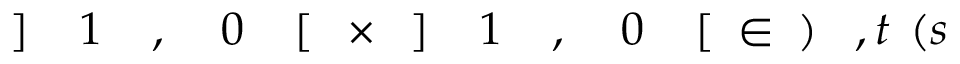
\! \! \! \! \! \! \! \! \! \! \! ( s \! \! \! \! \! \! \! \! \! \! \! \! , t \! \! \! \! \! \! \! \! \! \! \! \! ) \! \! \! \! \! \! \! \! \! \! \! \! \in \! \! \! \! \! \! \! \! \! \! \! \! [ \! \! \! \! \! \! \! \! \! \! \! \! 0 \! \! \! \! \! \! \! \! \! \! \! \! , \! \! \! \! \! \! \! \! \! \! \! \! 1 \! \! \! \! \! \! \! \! \! \! \! \! ] \! \! \! \! \! \! \! \! \! \! \! \! \times \! \! \! \! \! \! \! \! \! \! \! \! [ \! \! \! \! \! \! \! \! \! \! \! \! 0 \! \! \! \! \! \! \! \! \! \! \! \! , \! \! \! \! \! \! \! \! \! \! \! \! 1 \! \! \! \! \! \! \! \! \! \! \! \! ] \! \! \! \! \! \! \! \! \! \! \!